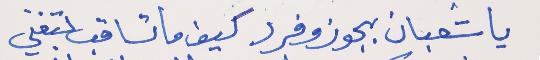
يا شعبان بجوز وفرد     كيف ما تساقب بتغني